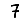
Digit: 7